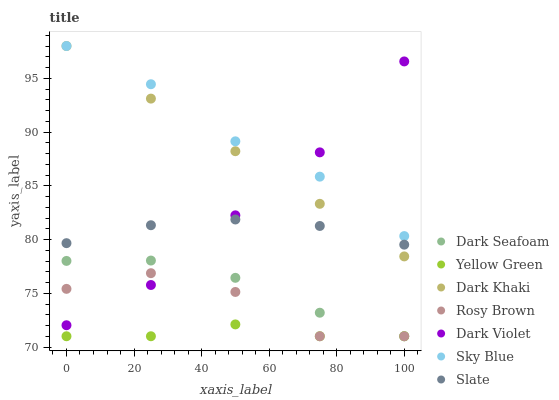
| xaxis_label | Dark Seafoam | Yellow Green | Dark Khaki | Rosy Brown | Dark Violet | Sky Blue | Slate |
 | --- | --- | --- | --- | --- | --- | --- | --- |
 | 0 | 78 | 71 | 98 | 75.4 | 72 | 98 | 79.7 |
 | 25 | 78 | 71 | 93.1 | 76.9 | 75.8 | 94.4 | 81.3 |
 | 50 | 76.4 | 72.1 | 88.2 | 75.1 | 82.2 | 89.1 | 81.9 |
 | 75 | 73.2 | 71 | 83.3 | 71 | 88.1 | 85.8 | 81.3 |
 | 100 | 71 | 71 | 78.4 | 71 | 96.6 | 80.3 | 79.5 |